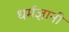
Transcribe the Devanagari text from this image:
धर्मज्ञानी